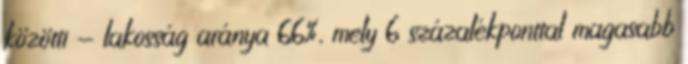
közötti - lakosság aránya 66%, mely 6 százalékponttal magasabb